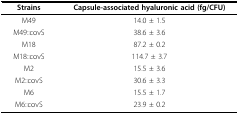
<table><thead><tr><td><b>Strains</b></td><td><b>Capsule-associated hyaluronic acid (fg/CFU)</b></td></tr></thead><tbody><tr><td>M49</td><td>14.0 ± 1.5</td></tr><tr><td>M49::covS</td><td>38.6 ± 3.6</td></tr><tr><td>M18</td><td>87.2 ± 0.2</td></tr><tr><td>M18::covS</td><td>114.7 ± 3.7</td></tr><tr><td>M2</td><td>15.5 ± 3.6</td></tr><tr><td>M2::covS</td><td>30.6 ± 3.3</td></tr><tr><td>M6</td><td>15.5 ± 1.7</td></tr><tr><td>M6::covS</td><td>23.9 ± 0.2</td></tr></tbody></table>